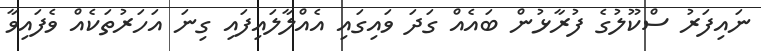
ނައިފަރު ސްކޫލުގެ ފުރާޅުން ބައެއް ގަދަ ވައިގައި އެއްލާލައިފައި ގިނަ އަހަރުތަކެއް ވެފައިވާ